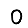
Digit: 0